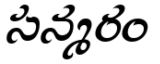
సన్మరం